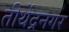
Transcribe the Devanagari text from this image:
तीर्थेद्रनगर